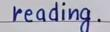
reading .